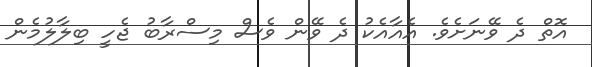
އޮތް ދެ ވޭނަށެވެ. އެއާއެކު ދެ ވޭން ވެސް މިސްރާބު ޖެހީ ބިލާލުމެން